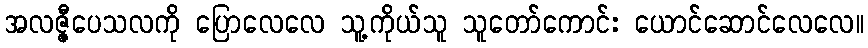
အလဇ္ဇီပေသလကို ပြောလေလေ သူ့ကိုယ်သူ သူတော်ကောင်း ယောင်ဆောင်လေလေ။